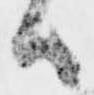
候